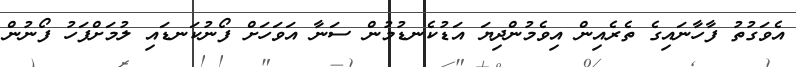
އެވަގުތު ފާހާނައިގެ ތެރެއިން އިވެމުންދިޔަ އަޑުކެނޑުމުން ސަނާ އަވަހަށް ފޯނުކަނޑައި ލުމަށްފަހު ފޯނުން